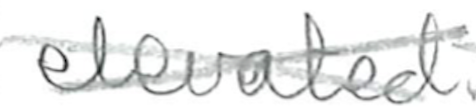
Text: elevated
Cross-out: cross
Writing tool: pencil